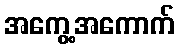
အကွေ့အကောက်